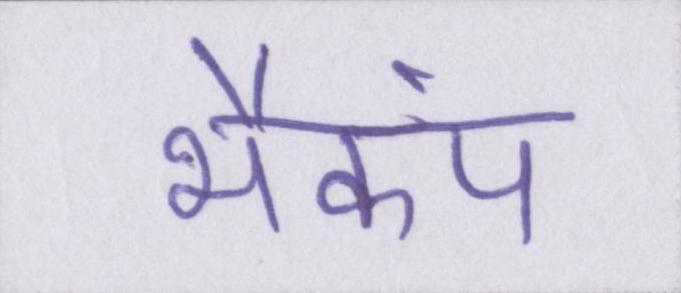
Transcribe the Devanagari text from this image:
भैकंप